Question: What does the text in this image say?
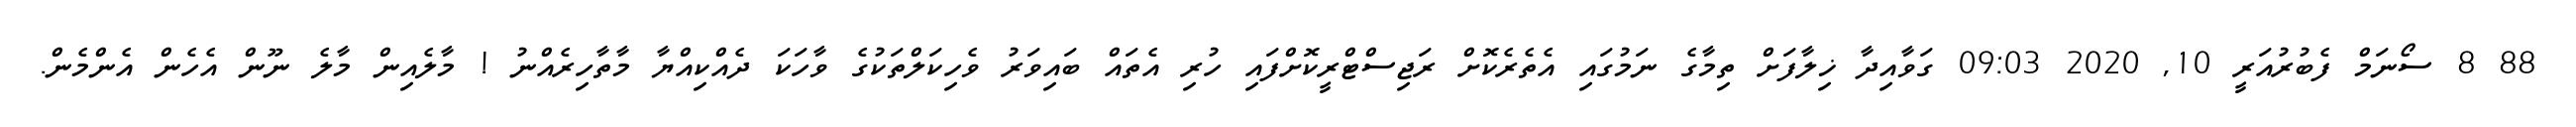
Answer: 88 8 ސޯނަމް ފެބުރުއަރީ 10, 2020 09:03 ގަވާއިދާ ޚިލާފަށް ތިމާގެ ނަމުގައި އެތެރެކޮށް ރަޖިސްޓްރީކޮށްފައި ހުރި އެތައް ބައިވަރު ވެހިކަލްތަކުގެ ވާހަކަ ދެއްކިއްޔާ މާތާހިރެއްނު ! މާލެއިން މާލެ ނޫން އެހެން އެންމެން.